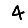
Digit: 4